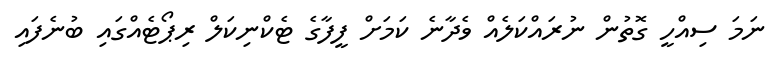
ނަމަ ސިއްހީ ގޮތުން ނުރައްކަލެއް ވެދާނެ ކަމަށް ފީފާގެ ޓެކްނިކަލް ރިޕޯޓެއްގައި ބުނެފައި